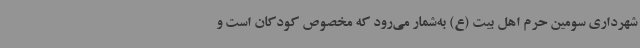
شهرداری سومین حرم اهل بیت (ع) به‌شمار می‌رود که مخصوص کودکان است و